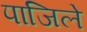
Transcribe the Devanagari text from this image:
पाजिले